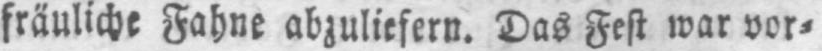
fräuliche Fahne abzuliefern. Das Fest war vor⸗